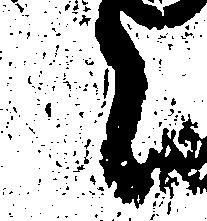
言